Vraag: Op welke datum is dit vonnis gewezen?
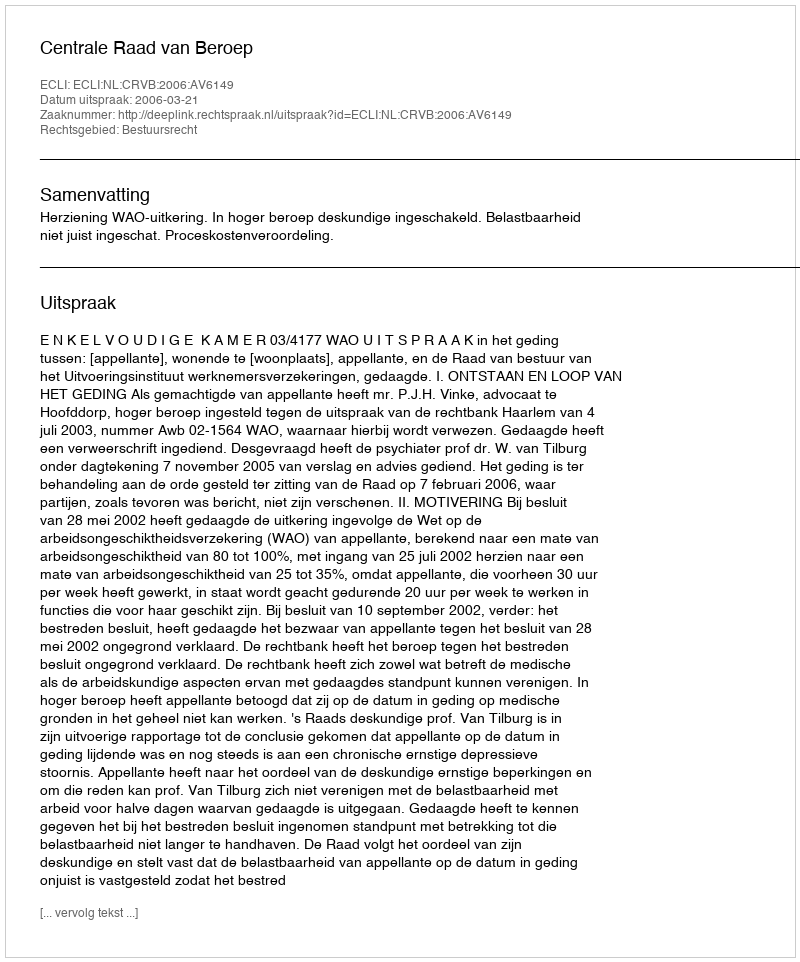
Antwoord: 2006-03-21